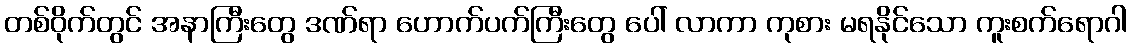
တစ်ဝိုက်တွင် အနာကြီးတွေ ဒဏ်ရာ ဟောက်ပက်ကြီးတွေ ပေါ် လာကာ ကုစား မရနိုင်သော ကူးစက်ရောဂါ